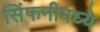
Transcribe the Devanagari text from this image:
सिंफनीमध्ये